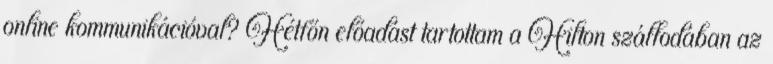
online kommunikációval? Hétfőn előadást tartottam a Hilton szállodában az